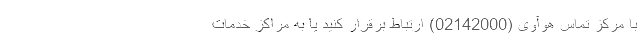
با مرکز تماس هوآوی (02142000) ارتباط برقرار کنید یا به مراکز خدمات